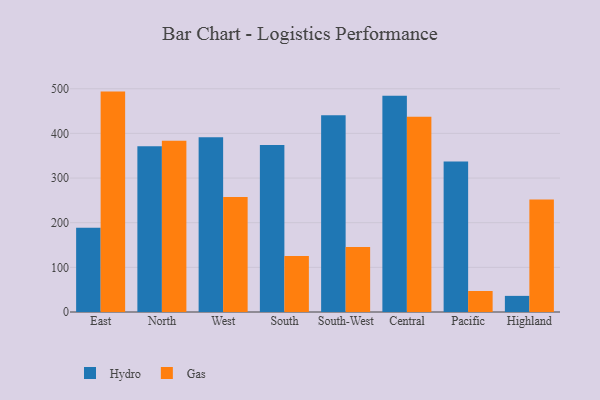
{"axis": {"x": "Region", "y": "Inventory Turnover"}, "legend": ["Gas", "Hydro"], "data": [{"x": "East", "y": 188.8, "type": "Hydro"}, {"x": "East", "y": 493.6, "type": "Gas"}, {"x": "North", "y": 371.1, "type": "Hydro"}, {"x": "North", "y": 383.4, "type": "Gas"}, {"x": "West", "y": 391.3, "type": "Hydro"}, {"x": "West", "y": 257.6, "type": "Gas"}, {"x": "South", "y": 373.8, "type": "Hydro"}, {"x": "South", "y": 125.3, "type": "Gas"}, {"x": "South-West", "y": 440.5, "type": "Hydro"}, {"x": "South-West", "y": 145.6, "type": "Gas"}, {"x": "Central", "y": 484.2, "type": "Hydro"}, {"x": "Central", "y": 437.3, "type": "Gas"}, {"x": "Pacific", "y": 337.3, "type": "Hydro"}, {"x": "Pacific", "y": 47.0, "type": "Gas"}, {"x": "Highland", "y": 36.1, "type": "Hydro"}, {"x": "Highland", "y": 252.1, "type": "Gas"}]}